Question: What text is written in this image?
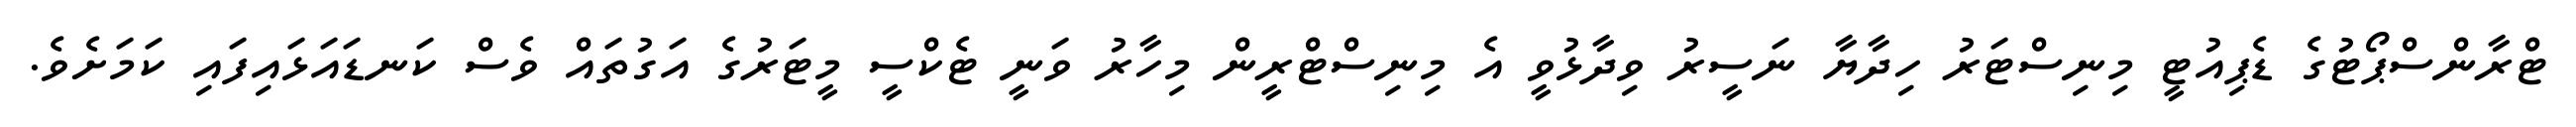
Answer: ޓްރާންސްޕޯޓުގެ ޑެޕިއުޓީ މިނިސްޓަރު ހިދާޔާ ނަސީރު ވިދާޅުވީ އެ މިނިސްޓްރީން މިހާރު ވަނީ ޓެކްސީ މީޓަރުގެ އަގުތައް ވެސް ކަނޑައަޅައިފައި ކަމަށެވެ.